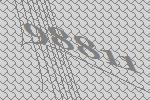
98811